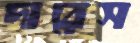
দারেস